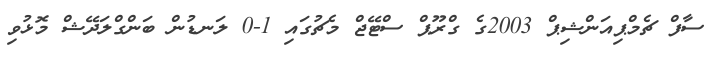
ސާފް ޗެމްޕިއަންޝިޕް 2003ގެ ގްރޫޕް ސްޓޭޖް މެޗުގައި 1-0 ލަނޑުން ބަންގްލަދޭޝް މޮޅުވި